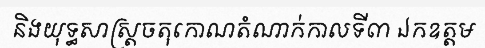
និងយុទ្ធសាស្ត្រចតុកោណតំណាក់កាលទី៣ ឯកឧត្តម